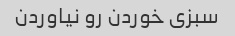
سبزی خوردن رو نیاوردن